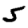
Digit: 5